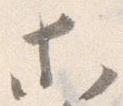
等